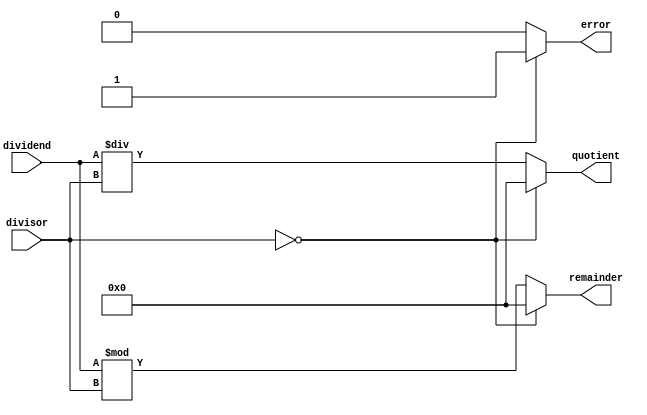
module AsynchronousDivider (
    input wire [31:0] dividend,
    input wire [31:0] divisor,
    output reg [31:0] quotient,
    output reg [31:0] remainder,
    output reg error
);

always @(*) begin
    if(divisor == 0) begin
        error = 1; // Error handling for divide by zero
        quotient = 0;
        remainder = 0;
    end else begin
        error = 0;
        quotient = dividend / divisor; // Calculate quotient
        remainder = dividend % divisor; // Calculate remainder
    end
end

endmodule